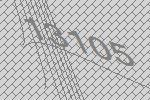
13105